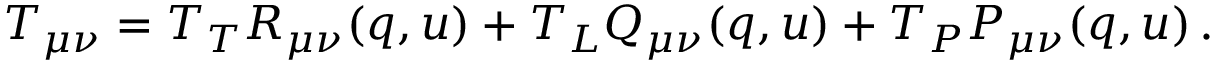
T _ { \mu \nu } = T _ { T } R _ { \mu \nu } ( q , u ) + T _ { L } Q _ { \mu \nu } ( q , u ) + T _ { P } P _ { \mu \nu } ( q , u ) \, .